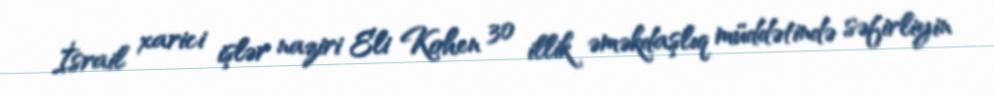
İsrail xarici işlər naziri Eli Kohen 30 illik əməkdaşlıq müddətində səfirliyin